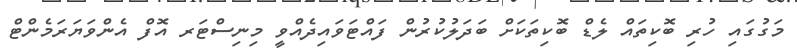
މަގުގައި ހުރި ބޮކިތައް ލެޑް ބޮކިތަކަށް ބަދަލުކުރުން ފައްޓަވައިދެއްވީ މިނިސްޓަރ އޮފް އެންވަޔަރަމެންޓް